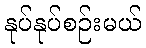
နုပ်နုပ်စဉ်းမယ်